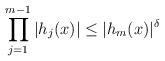
LaTeX: \begin{align*}\prod_{j=1}^{m-1} |h_{j}(x)| \leq |h_{m}(x)|^\delta \end{align*}